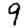
Digit: 9